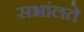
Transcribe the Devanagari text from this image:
सभांलते